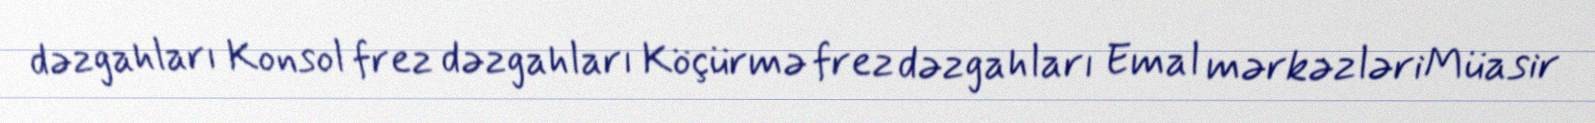
dəzgahları Konsol frez dəzgahları Köçürmə frez dəzgahları Emal mərkəzləriMüasir